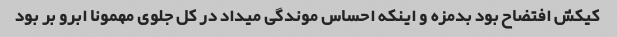
کیکش افتضاح بود بدمزه و اینکه احساس موندگی میداد در کل جلوی مهمونا ابرو بر بود